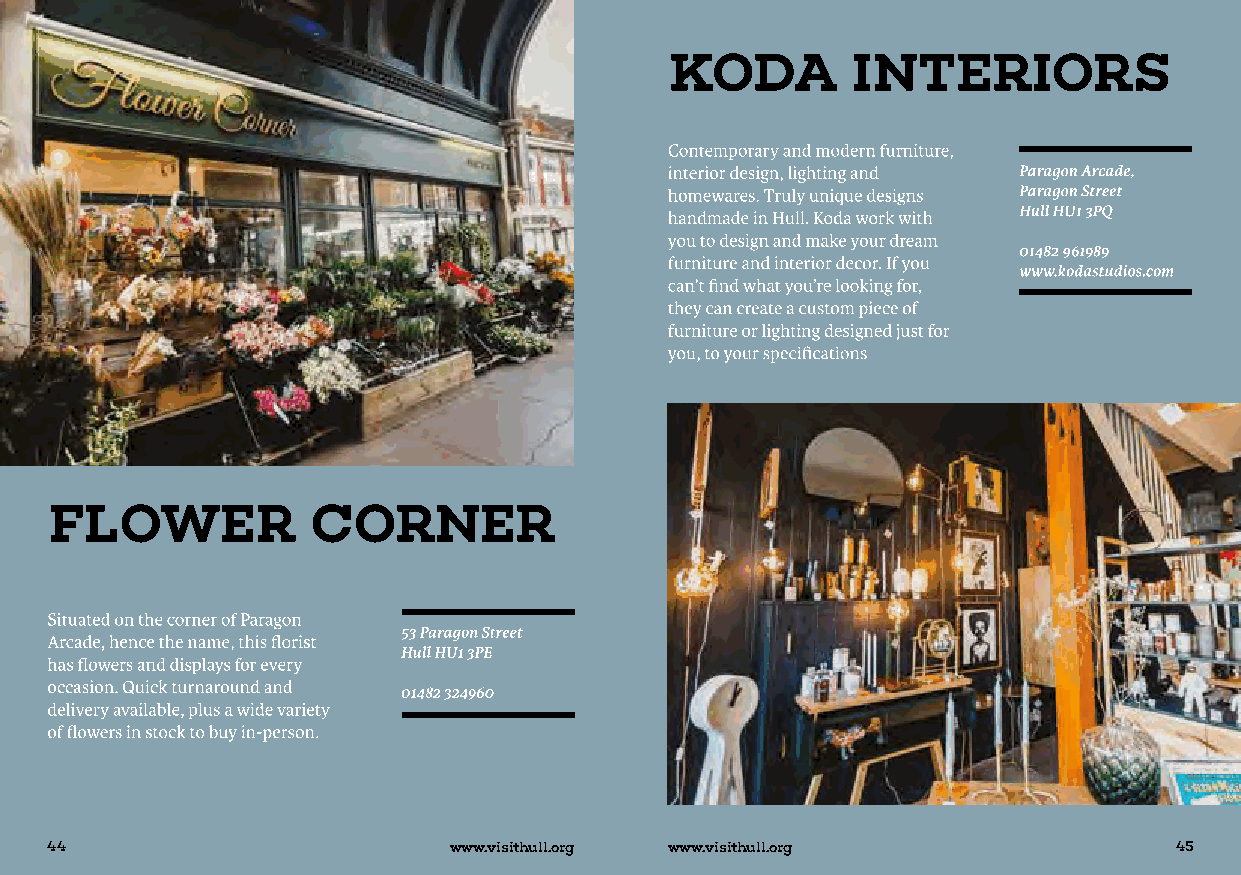
44                         www.visithull.org www.visithull.org             45